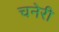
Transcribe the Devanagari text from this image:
चनेरी